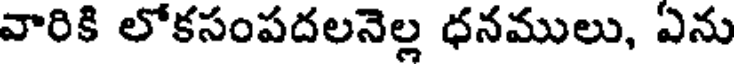
వారికి లోకసంపదలనెల్ల ధనములు, ఏను